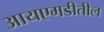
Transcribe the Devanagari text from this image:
आयएमडीतील